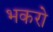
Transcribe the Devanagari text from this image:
भकरो